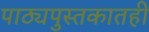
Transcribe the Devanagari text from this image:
पाठ्यपुस्तकातही